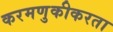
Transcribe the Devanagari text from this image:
करमणुकीकरता